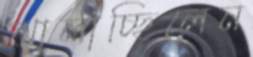
ঝালাচ্ছিলেন